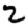
Digit: 2